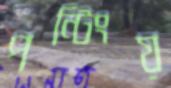
পন্টিংয়